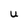
Character: U